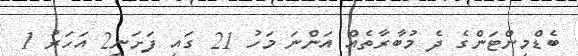
ބެޑްމިންޓަންގެ ދެ މުބާރާތެއް އަންނަ މަހު 21 ގައި ފަށަނީ2 އަހަރު 1